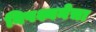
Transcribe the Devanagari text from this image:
विपश्यनेचा